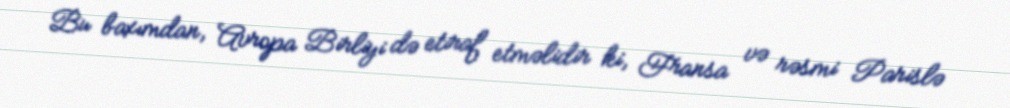
Bu baxımdan, Avropa Birliyi də etiraf etməlidir ki, Fransa və rəsmi Parislə